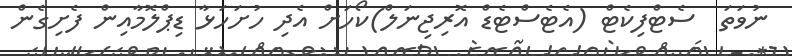
ނުވަތަ  ސެޓްފިކެޓް (އެޓެސްޓެޑް އޮރިޖިނަލް)ކޯހަށް އެދި ހުށަހަޅާ ޑިޕްލޮމާއިން ފެށިގެން